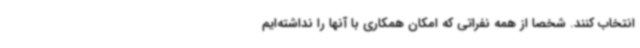
انتخاب کنند. شخصا از همه نفراتی که امکان همکاری با آنها را نداشته‌ایم